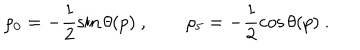
LaTeX: \rho _ { 0 } = - \frac { 1 } { 2 } \sin \theta ( p ) \ , \qquad \rho _ { 5 } = - \frac { 1 } { 2 } \cos \theta ( p ) \ .